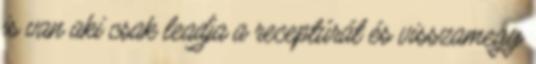
is van aki csak leadja a receptúrát és visszamegy